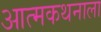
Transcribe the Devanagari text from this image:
आत्मकथनाला